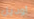
أوديل